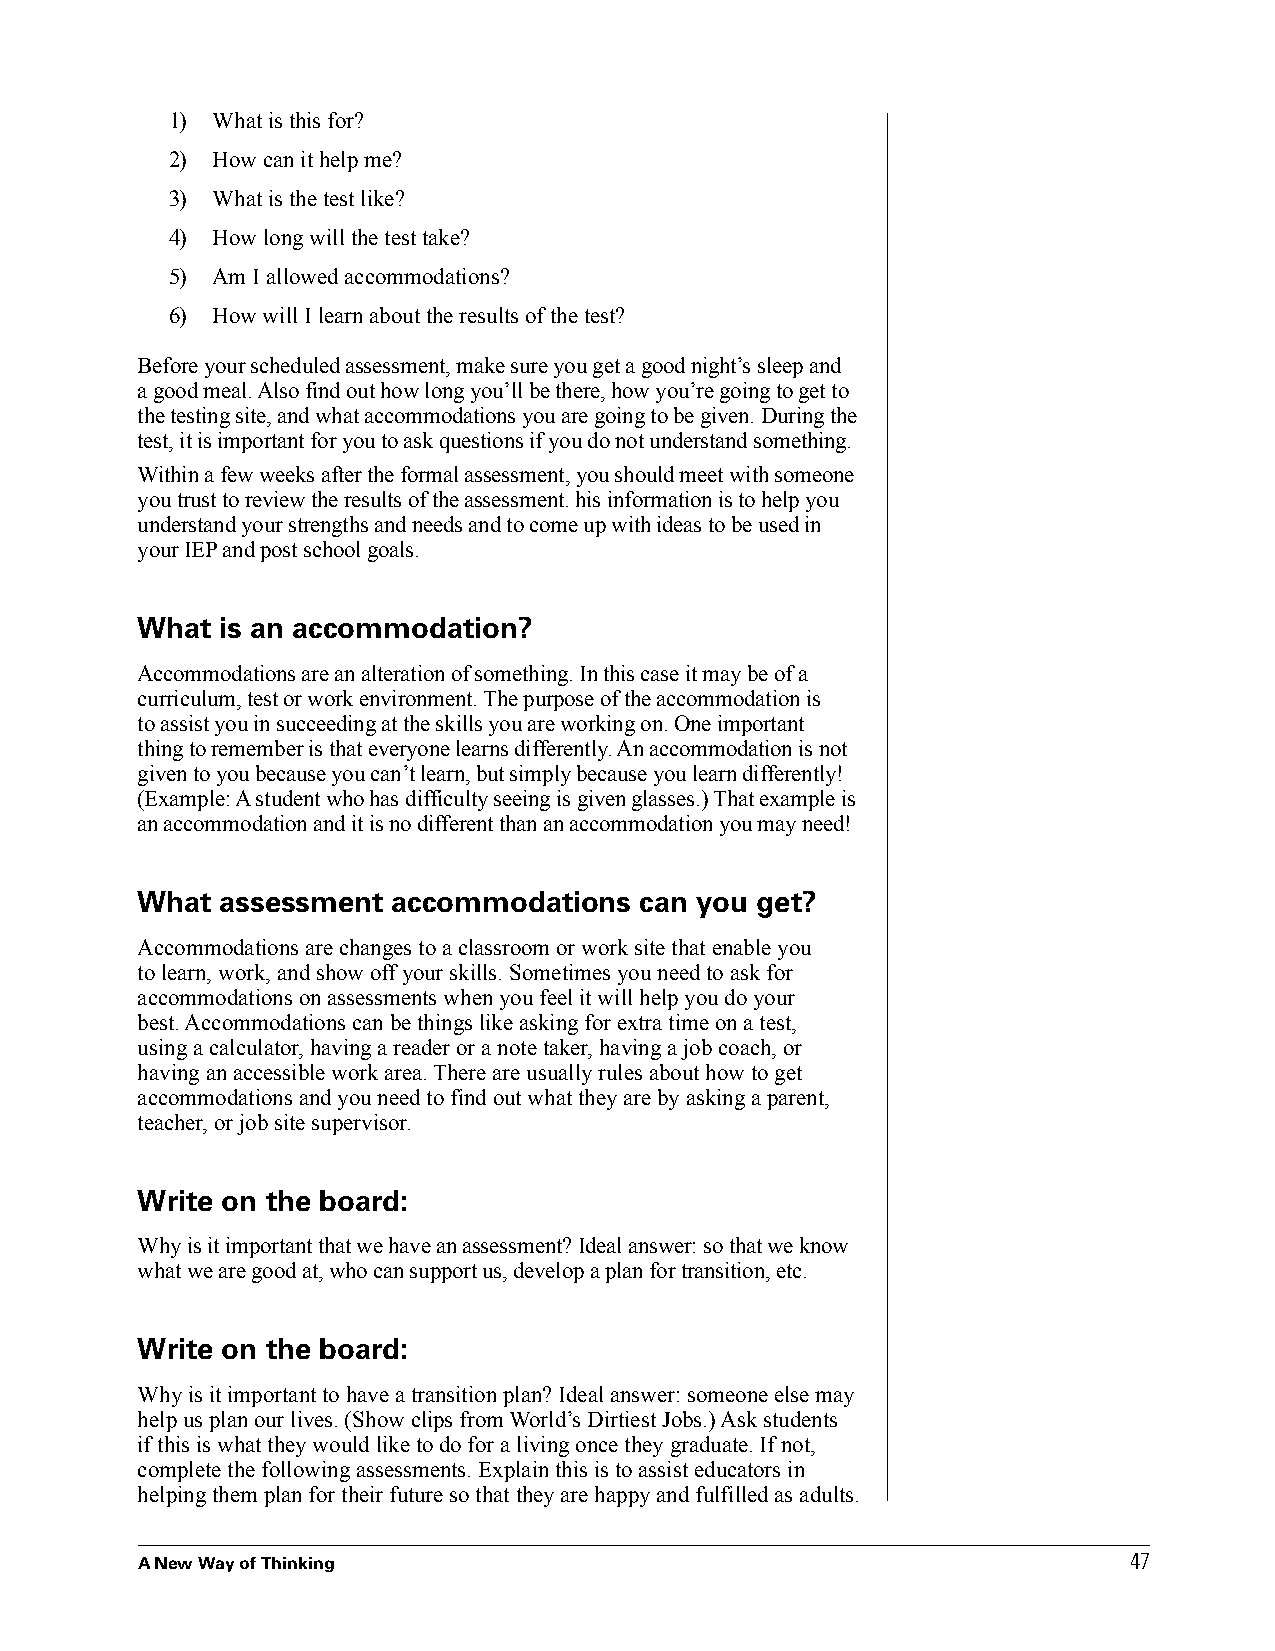
1) What is this for?
 2) How can it help me?
 3) What is the test like?
 4) How long will the test take?
 5) Am I allowed accommodations?
 6) How will I learn about the results of the test?
 Before your scheduled assessment, make sure you get a good night’s sleep and
 a good meal. Also find out how long you’ll be there, how you’re going to get to
 the testing site, and what accommodations you are going to be given. During the
 test, it is important for you to ask questions if you do not understand something.
 Within a few weeks after the formal assessment, you should meet with someone
 you trust to review the results of the assessment. his information is to help you
 understand your strengths and needs and to come up with ideas to be used in
 your IEP and post school goals.
 What  is an accommodation?
 Accommodations are an alteration of something. In this case it may be of a
 curriculum, test or work environment. The purpose of the accommodation is
 to assist you in succeeding at the skills you are working on. One important
 thing to remember is that everyone learns differently. An accommodation is not
 given to you because you can’t learn, but simply because you learn differently!
 (Example: A student who has difficulty seeing is given glasses.) That example is
 an accommodation and it is no different than an accommodation you may need!
 What  assessment accommodations  can you get?
 Accommodations are changes to a classroom or work site that enable you
 to learn, work, and show off your skills. Sometimes you need to ask for
 accommodations on assessments when you feel it will help you do your
 best. Accommodations can be things like asking for extra time on a test,
 using a calculator, having a reader or a note taker, having a job coach, or
 having an accessible work area. There are usually rules about how to get
 accommodations and you need to find out what they are by asking a parent,
 teacher, or job site supervisor.
 Write on the board:
 Why is it important that we have an assessment? Ideal answer: so that we know
 what we are good at, who can support us, develop a plan for transition, etc.
 Write on the board:
 Why is it important to have a transition plan? Ideal answer: someone else may
 help us plan our lives. (Show clips from World’s Dirtiest Jobs.) Ask students
 if this is what they would like to do for a living once they graduate. If not,
 complete the following assessments. Explain this is to assist educators in
 helping them plan for their future so that they are happy and fulfilled as adults.
 47
 A New Way of Thinking